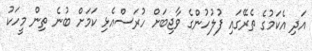
އަދި އެކަމުގެ ތެރޭގައި ފުލުހުންގެ ވާޖިބަށް ހުރަސްއެޅި ކަމަށް ބުނެ ތިން މީހަކު